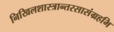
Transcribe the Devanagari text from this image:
निखिलशास्त्रान्तरसासंग्रहभि